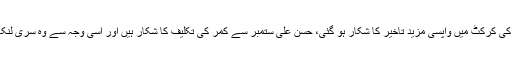
ذرائع کے مطابق حسن علی کمر کے بعد پسلیوں کی تکلیف میں مبتلا ہو گئے جس کے بعد ان کی کرکٹ میں واپسی مزید تاخیر کا شکار ہو گئی، حسن علی ستمبر سے کمر کی تکلیف کا شکار ہیں اور اسی وجہ سے وہ سری لنکا کے خلاف ہوم سیریز اور دورہ آسٹریلیا کے لیے قومی ٹیم کے اسکواڈ میں شامل نہ ہو سکے۔